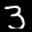
Label: 3